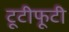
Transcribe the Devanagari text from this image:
टूटीफूटी